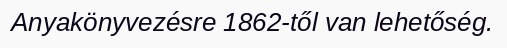
Anyakönyvezésre 1862-től van lehetőség.